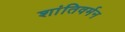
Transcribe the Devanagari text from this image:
शांतिवर्मन